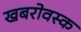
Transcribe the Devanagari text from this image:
खबरोवस्क